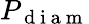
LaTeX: P_{\mathrm{~d~i~a~m~}}